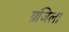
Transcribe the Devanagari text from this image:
ग्रंजिला